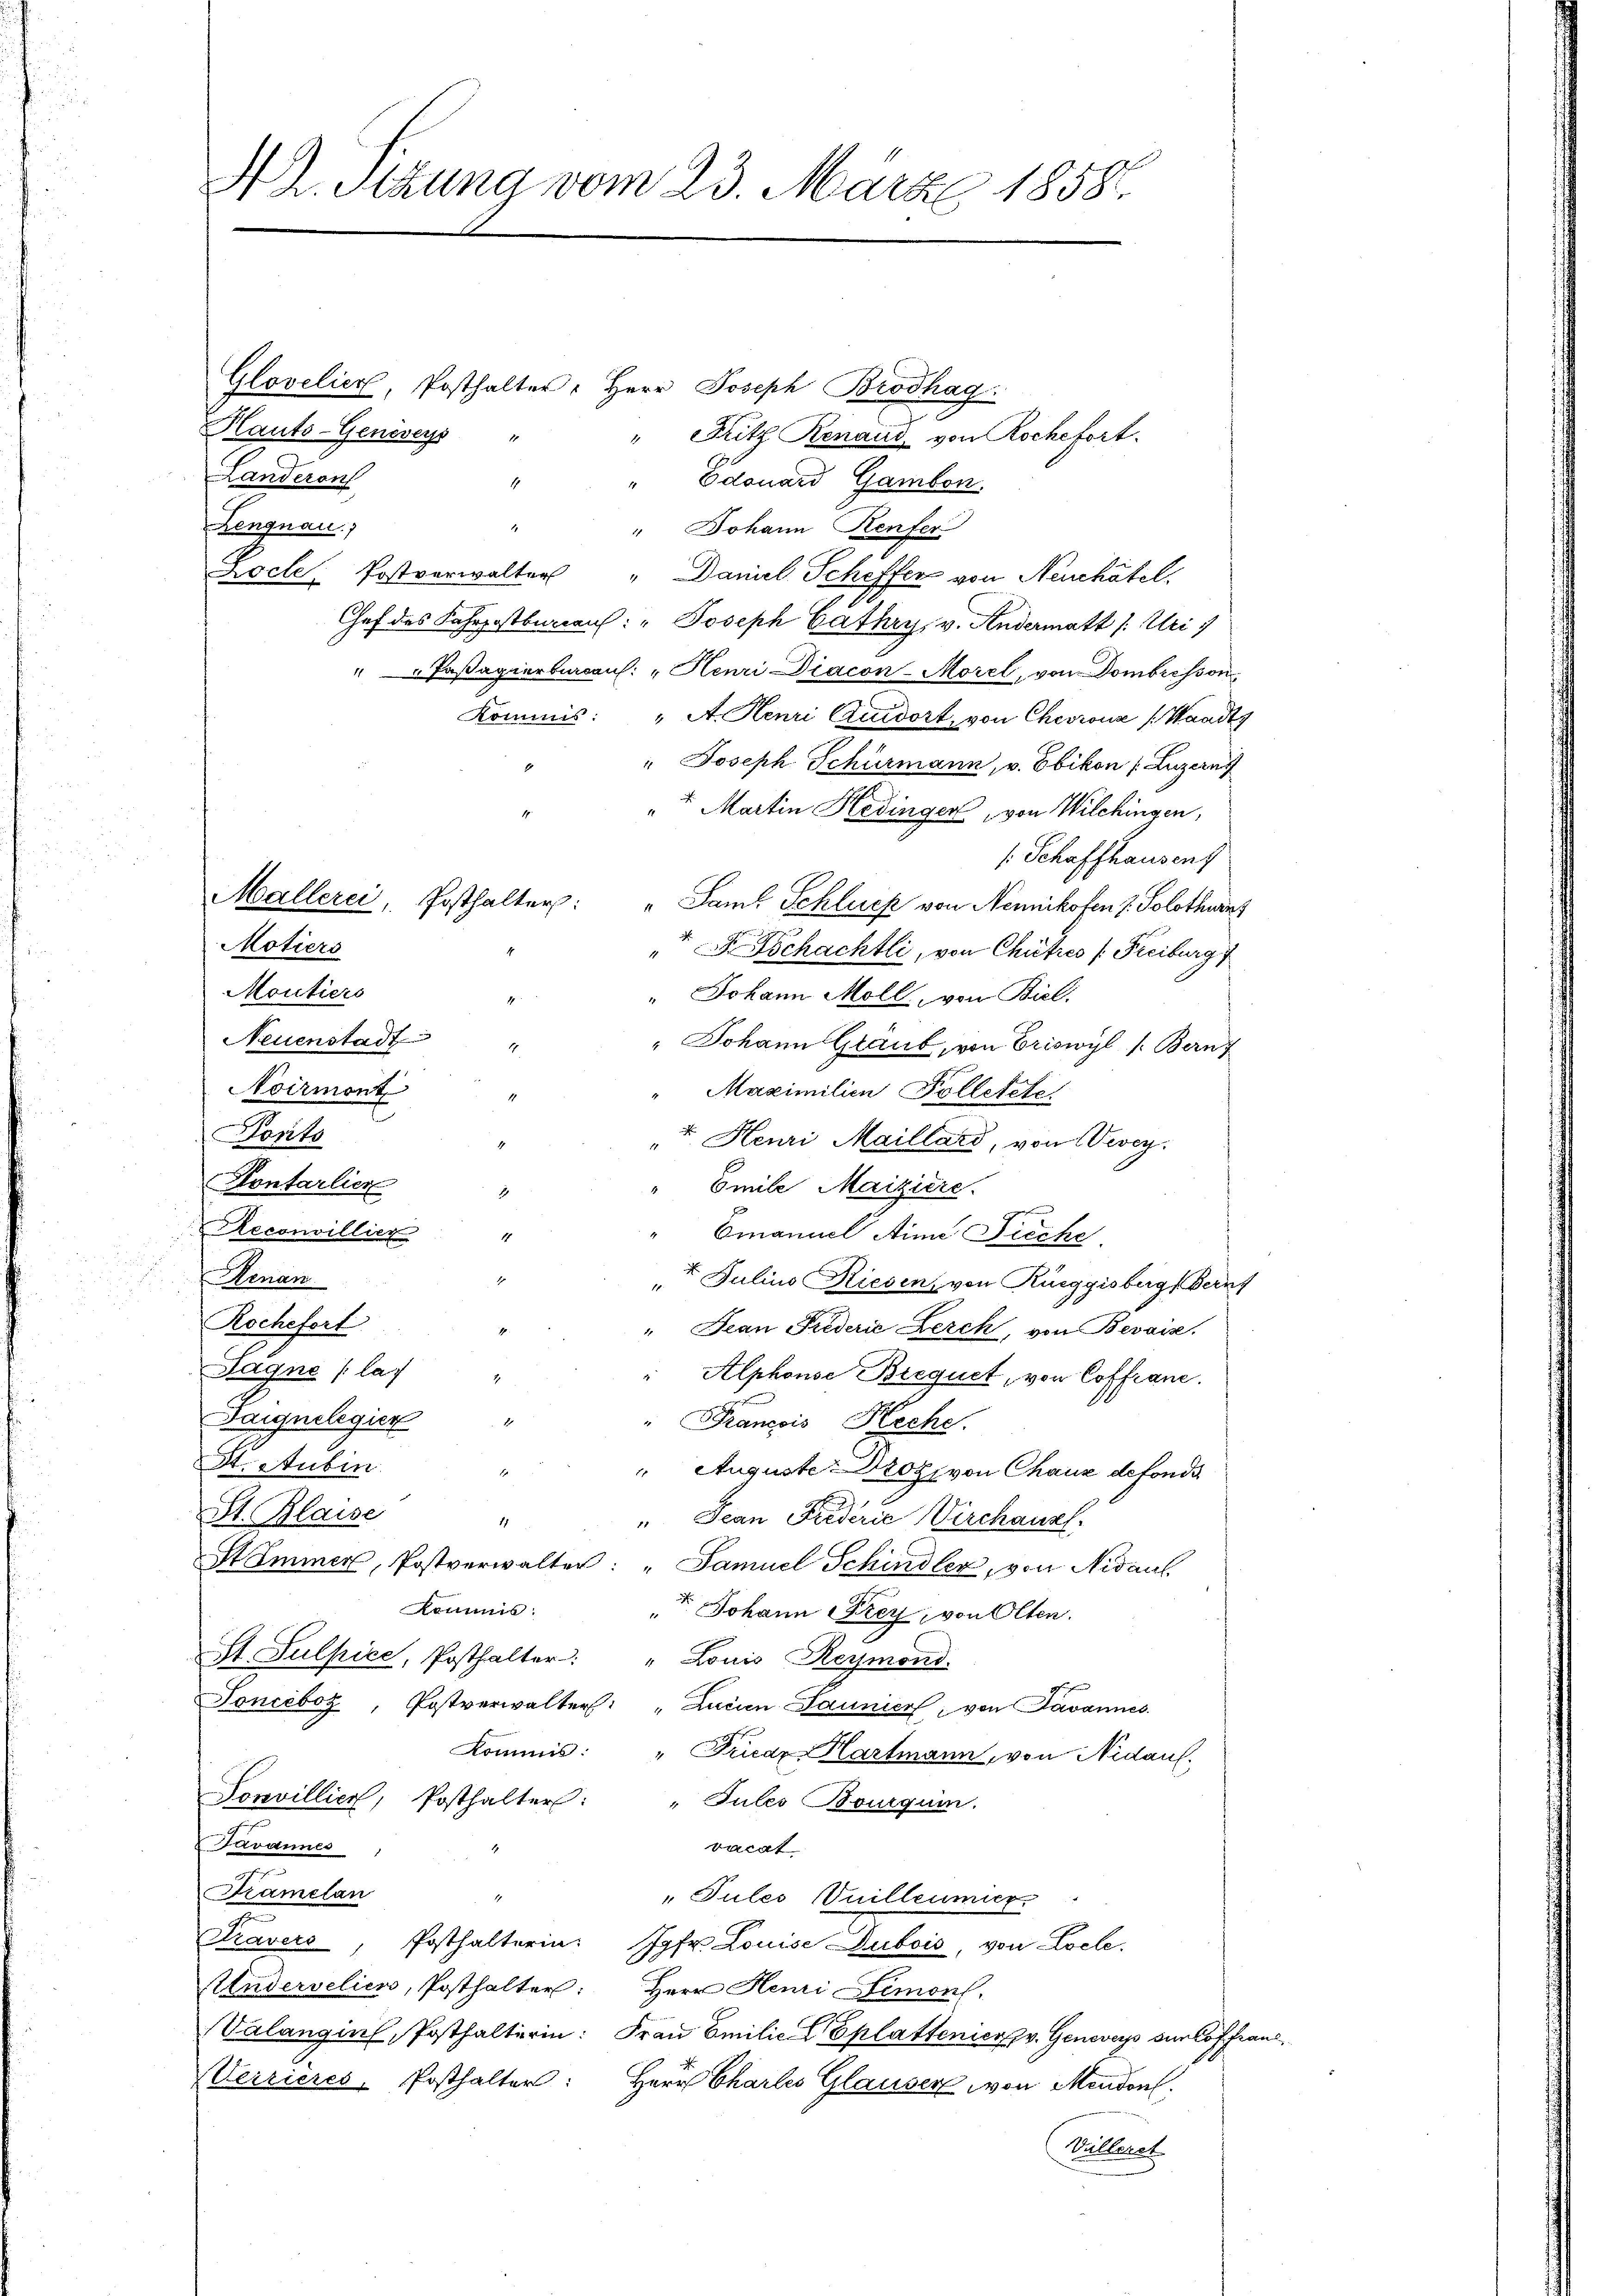
N 2. Sitzung vom 23. März 1858.

Hauts-Geneseys "
" Gritz Renaud von Roche fort.
Landeron
" Edouard Gambon.
Lengnau)
" Johann Kenfer
.
Loche, Postverwalter " Daniel Scheffer von Neuchâtel.
Chef des Fahrpostbureaus: " Joseph Cathry, v. Andermatt /: Uri
"- " Passagierberaus: " Henri Diacon-Morel, von Dombresson,
Kommis: "A. Henri Quidort, von Chevrons Waadt,
" Joseph Schürmann, v. Ebikon (Luzerny
" t Martin Hedinger von Wilchingen,
[Schaffhausen)
Motiers
" D Tschachtli, von Chutres Freiburg
Moutiers
" Johann Moll, von Biel,
Neuenstadt
" Johann Graub, von Eriswyl /: Bern
Noirmont
Maximilien Folletete
Forts
7. Heuri Maillard, von Vevey
Kontarlier
" Emile Maiziere.
Emanuel Anna Fische
Henan
4. Julius Riesen von Rüeggisberg, Bern
Rochefort
" Jean Friederie Lerch, von Bevais.
1.
Tagne (la
" Alphonse Biequet, von Coffrane.
4
Daignelegier
1
" Francois Heche.
St. Stubin
.
" Auguste Droz, von Chaux de fonds
St. Blaise
 Jean Friderie Verchausl
19.
Stimmer, Postverwalter: "Samuel Schindler, von Nidaul
komms.
t. Johann Frey, von Olten.
St. Sulpice, Posthalter: " Louis Reymond.
Tonceboz, Postverwalter: "Lacien Launier, von Javannes
Kommis: " Friede Hartmann, von Nidauf.
Posvillier, Posthalter: "Jules Bourquin.
Trvaunes
vocat
Framelan
.
Tules, Vuilleumier
Travere, Posthalterin: Jgfr. Louise Dubois, von Locle.
Studervelier, Posthalter: Herr Henri Limonl.
Valangin, Posthalterin: Frau Emilie Eplattenier v. Geneveys der offran
Ulizieres, Posthalter:
Herr Charles Glauser, von Mendon.
Vüllerst

Reconvillier "

Glovelier, Posthalter: Herr Joseph Brodhag
4

Mallerei, Posthalter: "Samt Schluss von Nennikofen 7. Solothurn